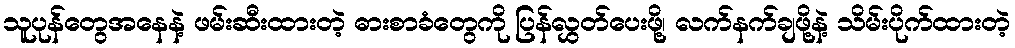
သူပုန်တွေအနေနဲ့ ဖမ်းဆီးထားတဲ့ ဓားစာခံတွေကို ပြန်လွှတ်ပေးဖို့၊ လက်နက်ချဖို့နဲ့ သိမ်းပိုက်ထားတဲ့